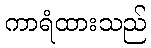
ကာရံထားသည်